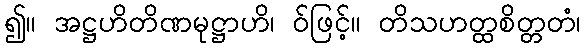
၍။ အဋ္ဌဟိတိဏမုဋ္ဌာဟိ၊ ဝ်ဖြင့်။ တိသဟတ္ထစိတ္တတံ၊